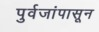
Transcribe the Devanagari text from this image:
पुर्वजांपासून